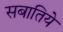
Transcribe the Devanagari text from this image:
सबातिये